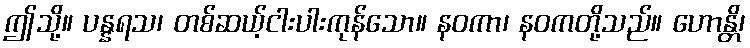
ဤသို့။ ပန္နရသ၊ တစ်ဆယ့်ငါးပါးကုန်သော။ နဝကာ၊ နဝကတို့သည်။ ဟောန္တိ၊